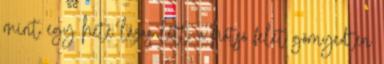
mint egy hete lázas lett, a hátsó felét görnyedten